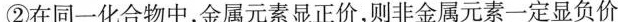
②在同一化合物中，金属元素显正价，则非金属元素一定显负价